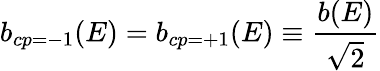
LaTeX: b_{cp=-1}(E)=b_{cp=+1}(E)\equiv{\frac{b(E)}{\sqrt{2}}}